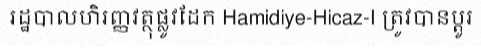
រដ្ឋបាលហិរញ្ញវត្ថុផ្លូវដែក Hamidiye-Hicaz-I ត្រូវបានប្តូរ